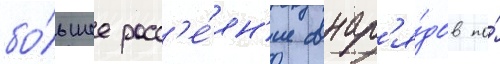
бо́льшее расс'е́ян'ие снар'я́дов по́